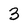
Character: 3